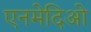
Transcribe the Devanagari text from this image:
एनमेदिओ